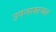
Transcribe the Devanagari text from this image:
उपनावाच्या